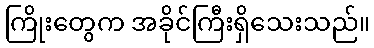
ကြိုးတွေက အခိုင်ကြီးရှိသေးသည်။